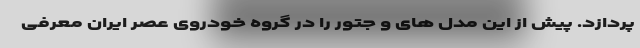
پردازد. پیش از این مدل های و جتور را در گروه خودروی عصر ایران معرفی